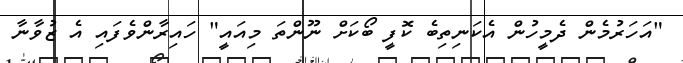
"އަހަރުމެން ދެމީހުން އެކަނިތިބެ ކޮފީ ބޯކަށް ނޫންތަ މިއައީ" ހައިރާންވެފައި އެ ޒުވާނާ